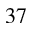
^ { 3 7 }